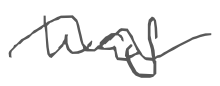
Text: was
Cross-out: wave
Writing tool: digital_gray